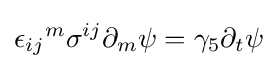
{\epsilon _{ij}}^{m}\sigma ^{ij}\partial _{m}\psi =\gamma _{5}\partial _{t}\psi